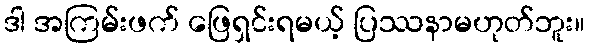
ဒါ အကြမ်းဖက် ဖြေရှင်းရမယ့် ပြဿနာမဟုတ်ဘူး။